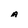
Character: A